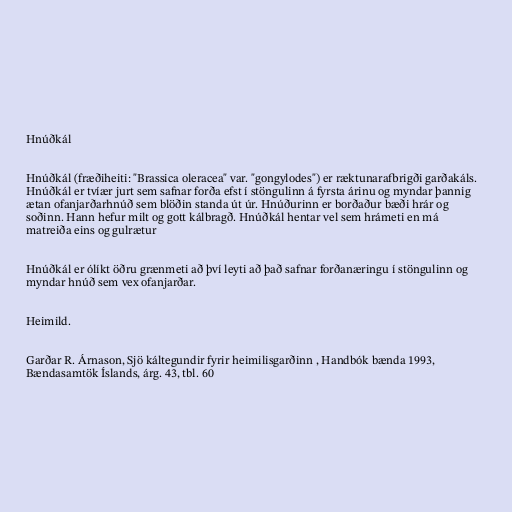
Hnúðkál

Hnúðkál (fræðiheiti: "Brassica oleracea" var. "gongylodes") er ræktunarafbrigði garðakáls.
Hnúðkál er tvíær jurt sem safnar forða efst í stöngulinn á fyrsta árinu og myndar þannig
ætan ofanjarðarhnúð sem blöðin standa út úr. Hnúðurinn er borðaður bæði hrár og
soðinn. Hann hefur milt og gott kálbragð. Hnúðkál hentar vel sem hrámeti en má
matreiða eins og gulrætur

Hnúðkál er ólíkt öðru grænmeti að því leyti að það safnar forðanæringu í stöngulinn og
myndar hnúð sem vex ofanjarðar.

Heimild.

Garðar R. Árnason, Sjö káltegundir fyrir heimilisgarðinn , Handbók bænda 1993,
Bændasamtök Íslands, árg. 43, tbl. 60